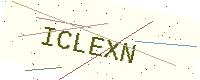
Text: ICLEXN